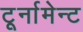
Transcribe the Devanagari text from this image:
टूर्नामेन्ट